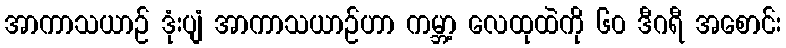
အာကာသယာဉ် ဒုံးပျံ အာကာသယာဉ်ဟာ ကမ္ဘာ့ လေထုထဲကို ၆၀ ဒီဂရီ အစောင်း